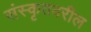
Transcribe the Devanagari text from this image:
संस्कृतवरील